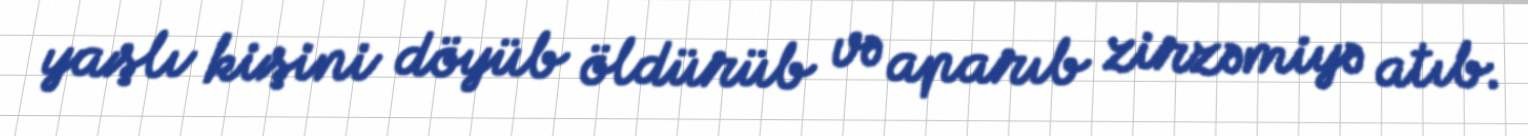
yaşlı kişini döyüb öldürüb və aparıb zirzəmiyə atıb.